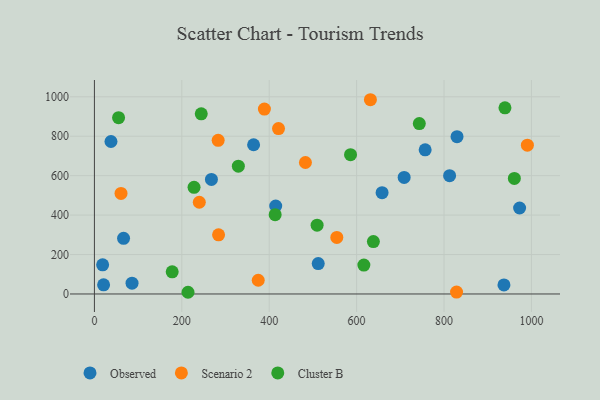
{"axis": {"x": "Engine Size", "y": "Fuel Efficiency"}, "legend": ["Cluster B", "Observed", "Scenario 2"], "data": [{"x": "708.8", "y": 591.0, "type": "Observed"}, {"x": "829.8", "y": 797.7, "type": "Observed"}, {"x": "756.9", "y": 730.8, "type": "Observed"}, {"x": "512.2", "y": 154.0, "type": "Observed"}, {"x": "66.7", "y": 282.1, "type": "Observed"}, {"x": "18.8", "y": 147.8, "type": "Observed"}, {"x": "414.9", "y": 446.1, "type": "Observed"}, {"x": "812.8", "y": 599.7, "type": "Observed"}, {"x": "658.3", "y": 513.7, "type": "Observed"}, {"x": "364.3", "y": 756.8, "type": "Observed"}, {"x": "21.0", "y": 46.3, "type": "Observed"}, {"x": "937.2", "y": 45.7, "type": "Observed"}, {"x": "973.0", "y": 435.9, "type": "Observed"}, {"x": "86.1", "y": 54.6, "type": "Observed"}, {"x": "267.8", "y": 581.1, "type": "Observed"}, {"x": "37.9", "y": 773.3, "type": "Observed"}, {"x": "374.9", "y": 69.5, "type": "Scenario 2"}, {"x": "283.2", "y": 779.1, "type": "Scenario 2"}, {"x": "554.7", "y": 287.0, "type": "Scenario 2"}, {"x": "990.8", "y": 754.5, "type": "Scenario 2"}, {"x": "828.7", "y": 9.5, "type": "Scenario 2"}, {"x": "482.9", "y": 666.8, "type": "Scenario 2"}, {"x": "284.1", "y": 300.1, "type": "Scenario 2"}, {"x": "60.9", "y": 510.0, "type": "Scenario 2"}, {"x": "389.0", "y": 937.7, "type": "Scenario 2"}, {"x": "421.3", "y": 839.0, "type": "Scenario 2"}, {"x": "631.6", "y": 985.1, "type": "Scenario 2"}, {"x": "240.0", "y": 465.2, "type": "Scenario 2"}, {"x": "743.5", "y": 864.1, "type": "Cluster B"}, {"x": "55.3", "y": 894.2, "type": "Cluster B"}, {"x": "178.0", "y": 112.2, "type": "Cluster B"}, {"x": "329.4", "y": 648.1, "type": "Cluster B"}, {"x": "413.6", "y": 402.0, "type": "Cluster B"}, {"x": "214.2", "y": 8.6, "type": "Cluster B"}, {"x": "228.0", "y": 540.8, "type": "Cluster B"}, {"x": "509.6", "y": 348.8, "type": "Cluster B"}, {"x": "616.6", "y": 146.4, "type": "Cluster B"}, {"x": "586.1", "y": 706.4, "type": "Cluster B"}, {"x": "244.5", "y": 913.7, "type": "Cluster B"}, {"x": "638.4", "y": 265.7, "type": "Cluster B"}, {"x": "961.0", "y": 585.9, "type": "Cluster B"}, {"x": "939.5", "y": 944.1, "type": "Cluster B"}]}